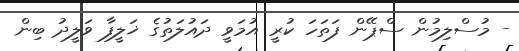
- މުސްލިމުން ސްޕޭން ފަތަހަ ކުރީ އުމަވީ ދައުލަތުގެ ޚަލީފާ ވަލީދު ބިން